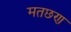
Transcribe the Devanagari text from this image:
मतछण